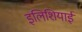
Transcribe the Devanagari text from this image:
इलिशियाई